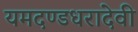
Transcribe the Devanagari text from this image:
यमदण्डधरादेवी